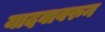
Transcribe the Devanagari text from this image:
यादवावरुन